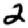
Digit: 2